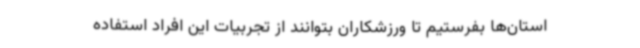
استان‌ها بفرستیم تا ورزشکاران بتوانند از تجربیات این افراد استفاده